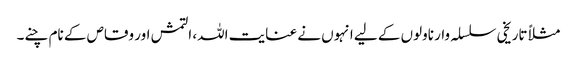
مثلاً تاریخی سلسلہ وار ناولوں کے لیے انہوں نے عنایت اللہ، التمش اور وقاص کے نام چنے۔